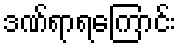
ဒဏ်ရာရကြောင်း